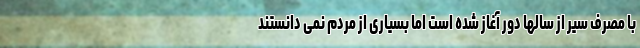
با مصرف سیر از سالها دور آغاز شده است اما بسیاری از مردم نمی دانستند